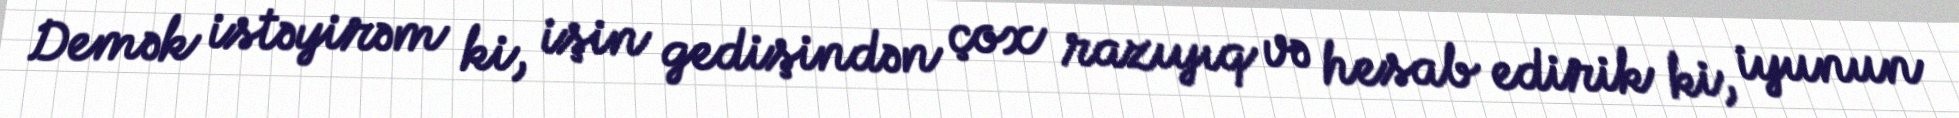
Demək istəyirəm ki, işin gedişindən çox razıyıq və hesab edirik ki, iyunun